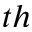
^ { t h }